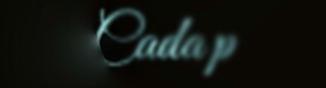
Cada p